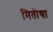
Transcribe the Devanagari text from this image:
मितीचा